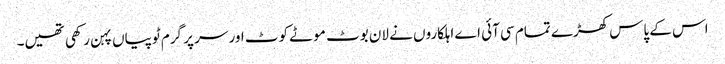
اس کے پاس کھڑے تمام سی آئی اے اہلکاروں نے لان بوٹ موٹے کوٹ اور سر پر گرم ٹوپیاں پہن رکھی تھیں۔